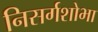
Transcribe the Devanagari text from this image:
निसर्गशोभा